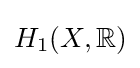
H_{1}(X,\mathbb {R} )